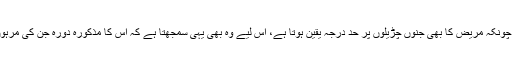
مزید یہ کہ چونکہ مریض کا بھی جنوں چڑیلوں پر حد درجہ یقین ہوتا ہے، اس لیے وہ بھی یہی سمجھتا ہے کہ اس کا مذکورہ دورہ جن کی مرہون منت ہے۔